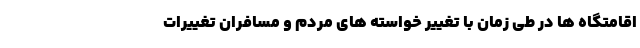
اقامتگاه ها در طی زمان با تغییر خواسته های مردم و مسافران تغییرات